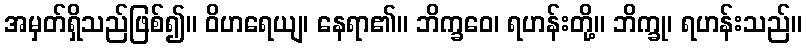
အမှတ်ရှိသည်ဖြစ်၍။ ဝိဟရေယျ၊ နေရာ၏။ ဘိက္ခဝေ၊ ရဟန်းတို့။ ဘိက္ခု၊ ရဟန်းသည်။